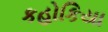
કહોકિયા